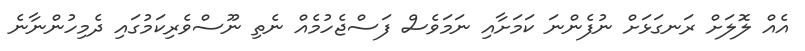
އެއް ލޮލަށް ރަނގަޅަށް ނުފެންނަ ކަމަށާއި ނަމަވެސް ފަސްޖެހުމެއް ނެތި ނޫސްވެރިކަމުގައި ދެމިހުންނާނެ